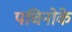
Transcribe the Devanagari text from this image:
पचिनोके